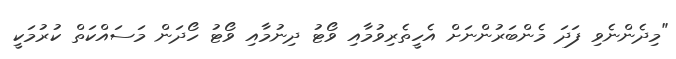
"މިދެންނެވި ފަދަ މެންބަރުންނަށް އެހީތެރިވުމާއި ވޯޓު ދިނުމާއި ވޯޓު ހޯދަން މަސައްކަތް ކުރުމަކީ